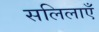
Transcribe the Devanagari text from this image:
सलिलाएँ